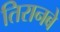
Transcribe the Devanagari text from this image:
तिरानबे